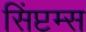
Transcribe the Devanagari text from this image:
सिंप्टम्स